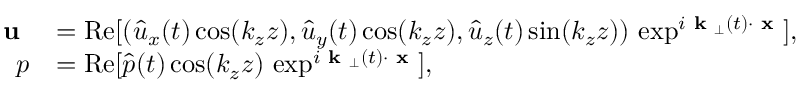
\begin{array} { r l } { \textbf { u } } & { = \mathrm { R e } [ ( \hat { u } _ { x } ( t ) \cos ( k _ { z } z ) , \hat { u } _ { y } ( t ) \cos ( k _ { z } z ) , \hat { u } _ { z } ( t ) \sin ( k _ { z } z ) ) \, \exp ^ { i \textbf { k } _ { \perp } ( t ) \cdot \textbf { x } } ] , } \\ { p } & { = \mathrm { R e } [ \hat { p } ( t ) \cos ( k _ { z } z ) \, \exp ^ { i \textbf { k } _ { \perp } ( t ) \cdot \textbf { x } } ] , } \end{array}